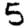
Digit: 5